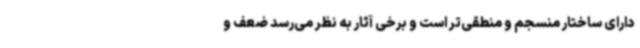
دارای ساختار منسجم و منطقی‌تر است و برخی آثار به نظر می‌رسد ضعف و